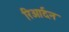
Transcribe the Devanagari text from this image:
रिओर्दन